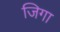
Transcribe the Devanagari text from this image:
जिगा